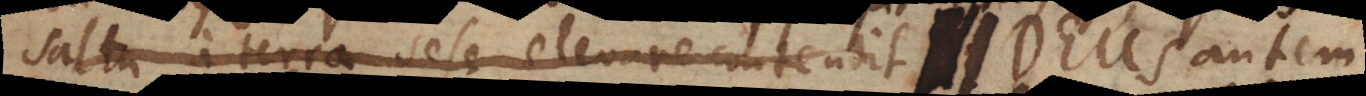
saltu a terra sese elevare contendit. Deu